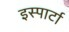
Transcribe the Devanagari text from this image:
इस्पार्टा